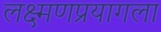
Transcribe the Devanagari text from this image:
लक्ष्मणप्रयागला